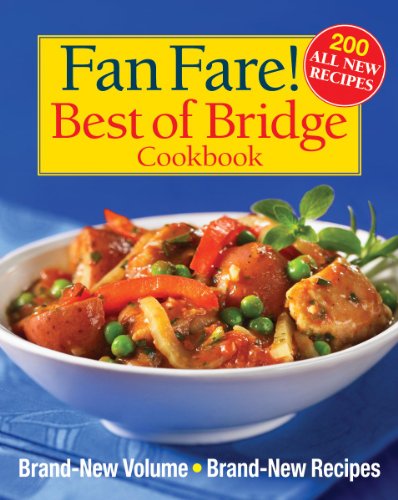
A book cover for Fan Fare! Best of Bridge Cookbook: Brand-New Volume, Brand-New Recipes (The Best of Bridge); Sally Vaughan-Johnston; Cookbooks, Food & Wine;